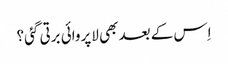
اِس کے بعد بھی لاپروائی برتی گئی؟